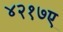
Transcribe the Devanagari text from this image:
४२१७ए